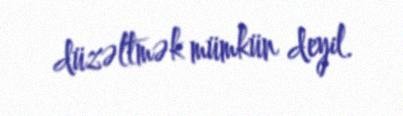
düzəltmək mümkün deyil.